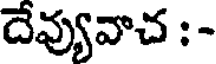
దేవ్యువాచ : -